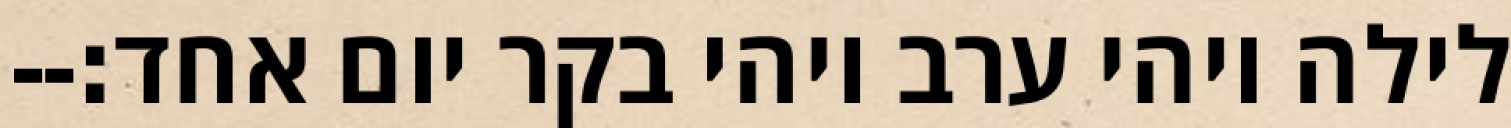
לילה ויהי ערב ויהי בקר יום אחד׃--